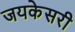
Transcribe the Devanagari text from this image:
जयकेसरी